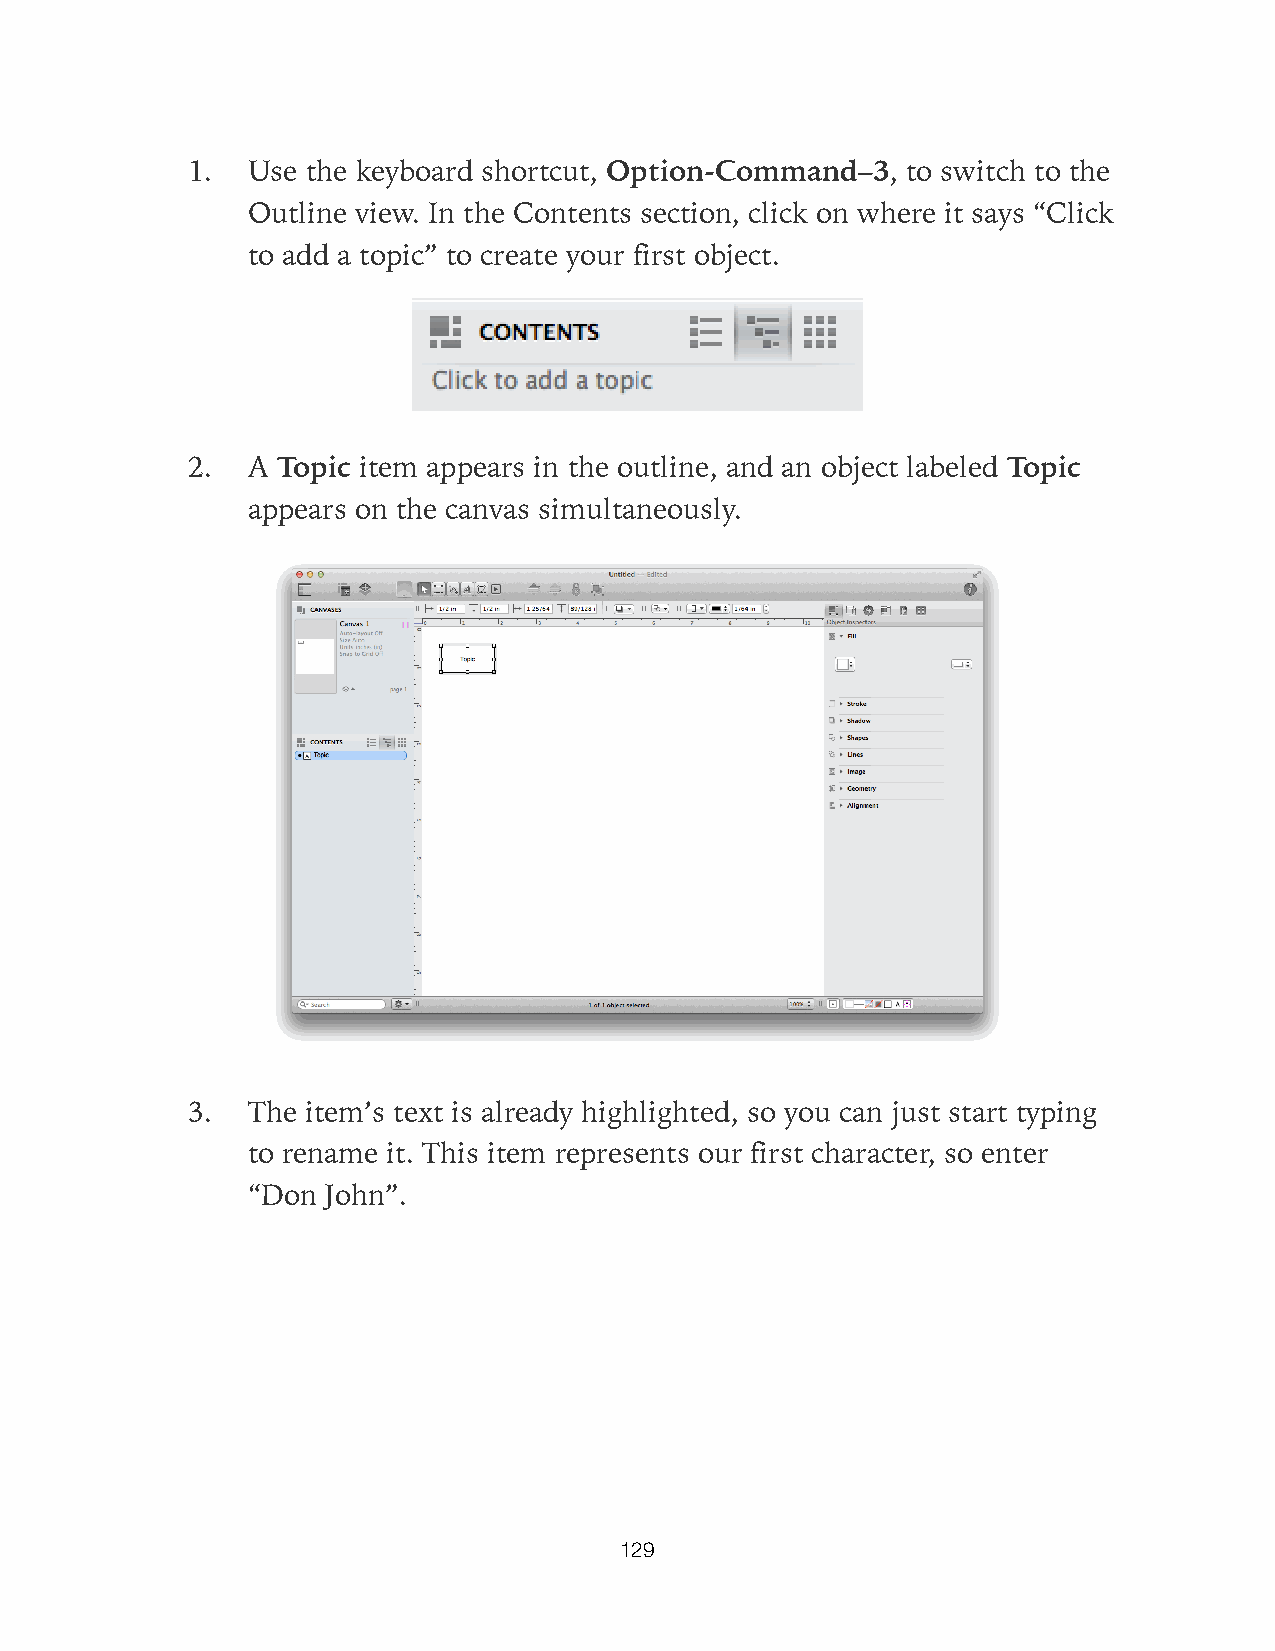
1.  Use the keyboard shortcut, Option-Command–3, to switch to the
 Outline view. In the Contents section, click on where it says “Click
 to add a topic” to create your first object.
 2.  A Topic item appears in the outline, and an object labeled Topic
 appears on the canvas simultaneously.
 3.  The item’s text is already highlighted, so you can just start typing
 to rename it. This item represents our first character, so enter
 “Don  John”.
 129